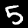
Label: 5